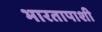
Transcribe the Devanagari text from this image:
भारतापाशी